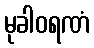
မုခါဝရဏံ